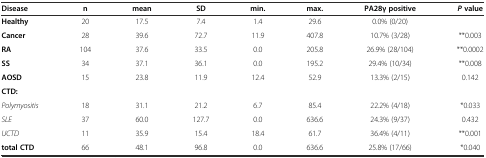
| Disease | n | mean | SD | min. | max. | PA28γpositive | P value |
 | --- | --- | --- | --- | --- | --- | --- | --- |
 | Healthy | 20 | 17.5 | 7.4 | 1.4 | 29.6 | 0.0% (0/20) |  |
 | Cancer | 28 | 39.6 | 72.7 | 11.9 | 407.8 | 10.7% (3/28) | **0.003 |
 | RA | 104 | 37.6 | 33.5 | 0.0 | 205.8 | 26.9% (28/104) | **0.0002 |
 | SS | 34 | 37.1 | 36.1 | 0.0 | 195.2 | 29.4% (10/34) | **0.008 |
 | AOSD | 15 | 23.8 | 11.9 | 12.4 | 52.9 | 13.3% (2/15) | 0.142 |
 | CTD: |  |  |  |  |  |  |  |
 | Polymyositis | 18 | 31.1 | 21.2 | 6.7 | 85.4 | 22.2% (4/18) | *0.033 |
 | SLE | 37 | 60.0 | 127.7 | 0.0 | 636.6 | 24.3% (9/37) | 0.432 |
 | UCTD | 11 | 35.9 | 15.4 | 18.4 | 61.7 | 36.4% (4/11) | **0.001 |
 | total CTD | 66 | 48.1 | 96.8 | 0.0 | 636.6 | 25.8% (17/66) | *0.040 |